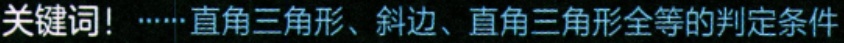
关键词！······直角三角形、斜边、直角三角形全等的判定条件